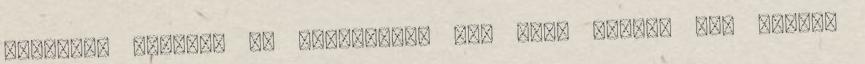
jobbról, balról, de mondhatni, egy árva kukkot sem értünk